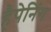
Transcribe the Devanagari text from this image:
हैपेनिंग